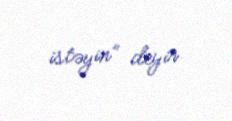
istəyin” deyir.